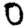
Digit: 0